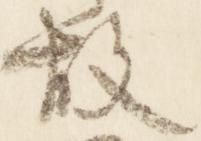
故